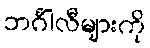
ဘင်္ဂါလီများကို